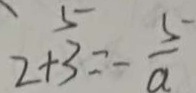
2 + 3 = - \frac { 5 } { a }